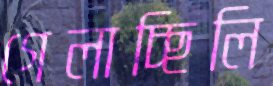
গেলাচ্ছিলি